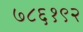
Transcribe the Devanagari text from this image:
७८६१९२